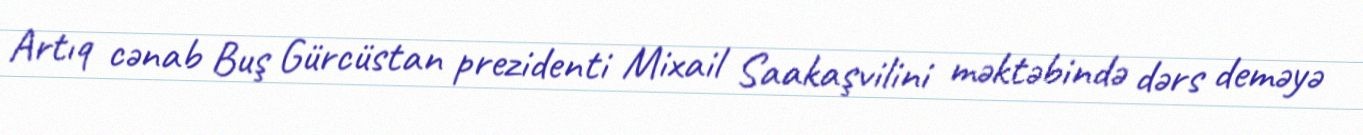
Artıq cənab Buş Gürcüstan prezidenti Mixail Saakaşvilini məktəbində dərs deməyə